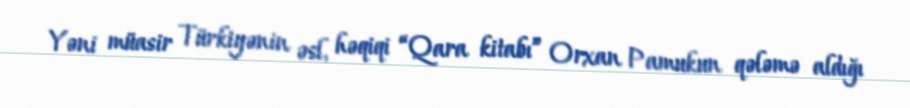
Yəni müasir Türkiyənin əsl, həqiqi “Qara kitabı” Orxan Pamukun qələmə aldığı